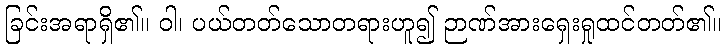
ခြင်းအရာရှိ၏။ ဝါ၊ ပယ်တတ်သောတရားဟူ၍ ဉာဏ်အားရှေးရှုထင်တတ်၏။